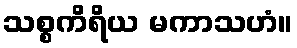
သစ္စကိရိယ မကာသဟံ။